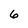
Character: 6